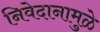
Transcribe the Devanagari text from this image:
निवेदानामुळे